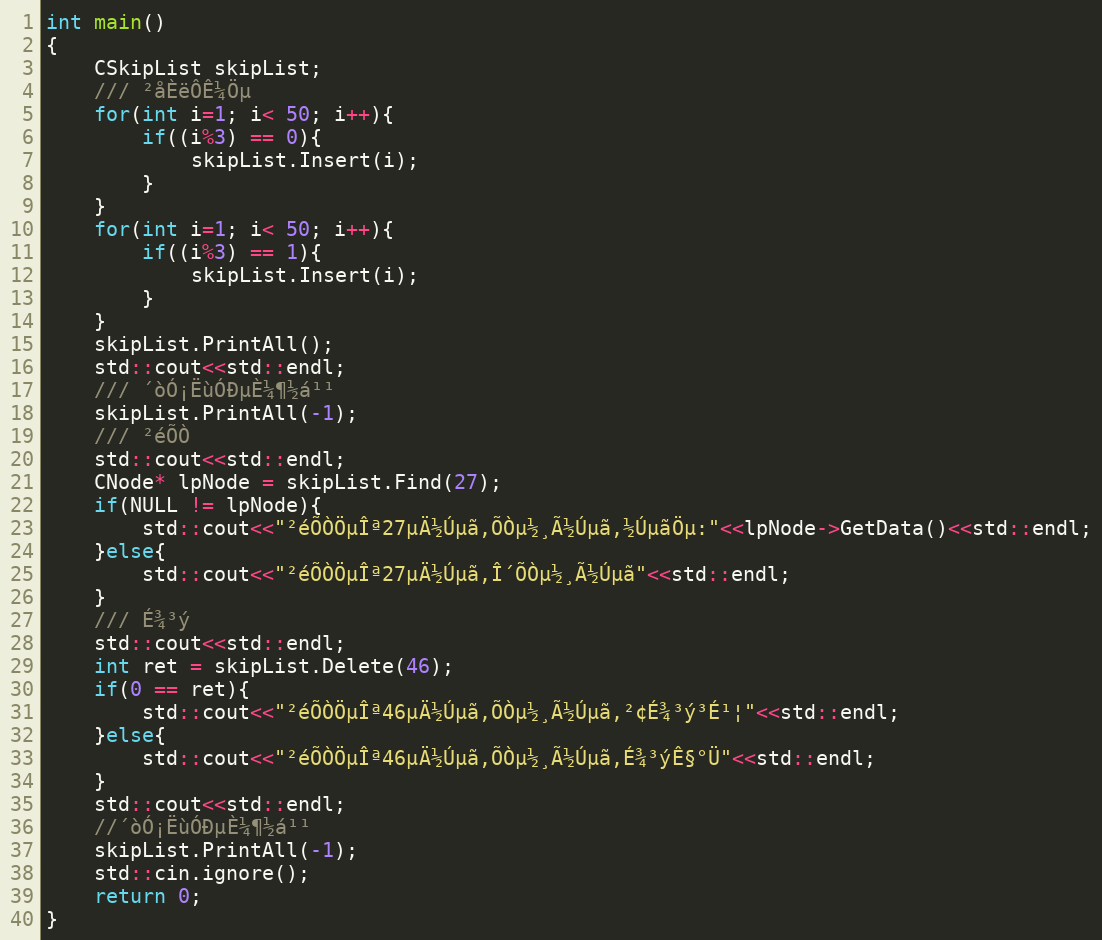
Language: C++
int main()
{
    CSkipList skipList;
    /// ²åÈëÔ­Ê¼Öµ
    for(int i=1; i< 50; i++){
        if((i%3) == 0){
            skipList.Insert(i);
        }
    }
    for(int i=1; i< 50; i++){
        if((i%3) == 1){
            skipList.Insert(i);
        }
    }
    skipList.PrintAll();
    std::cout<<std::endl;
    /// ´òÓ¡ËùÓÐµÈ¼¶½á¹¹
    skipList.PrintAll(-1);
    /// ²éÕÒ
    std::cout<<std::endl;
    CNode* lpNode = skipList.Find(27);
    if(NULL != lpNode){
        std::cout<<"²éÕÒÖµÎª27µÄ½Úµã,ÕÒµ½¸Ã½Úµã,½ÚµãÖµ:"<<lpNode->GetData()<<std::endl;
    }else{
        std::cout<<"²éÕÒÖµÎª27µÄ½Úµã,Î´ÕÒµ½¸Ã½Úµã"<<std::endl;
    }
    /// É¾³ý
    std::cout<<std::endl;
    int ret = skipList.Delete(46);
    if(0 == ret){
        std::cout<<"²éÕÒÖµÎª46µÄ½Úµã,ÕÒµ½¸Ã½Úµã,²¢É¾³ý³É¹¦"<<std::endl;
    }else{
        std::cout<<"²éÕÒÖµÎª46µÄ½Úµã,ÕÒµ½¸Ã½Úµã,É¾³ýÊ§°Ü"<<std::endl;
    }
    std::cout<<std::endl;
    //´òÓ¡ËùÓÐµÈ¼¶½á¹¹
    skipList.PrintAll(-1);
    std::cin.ignore();
    return 0;
}